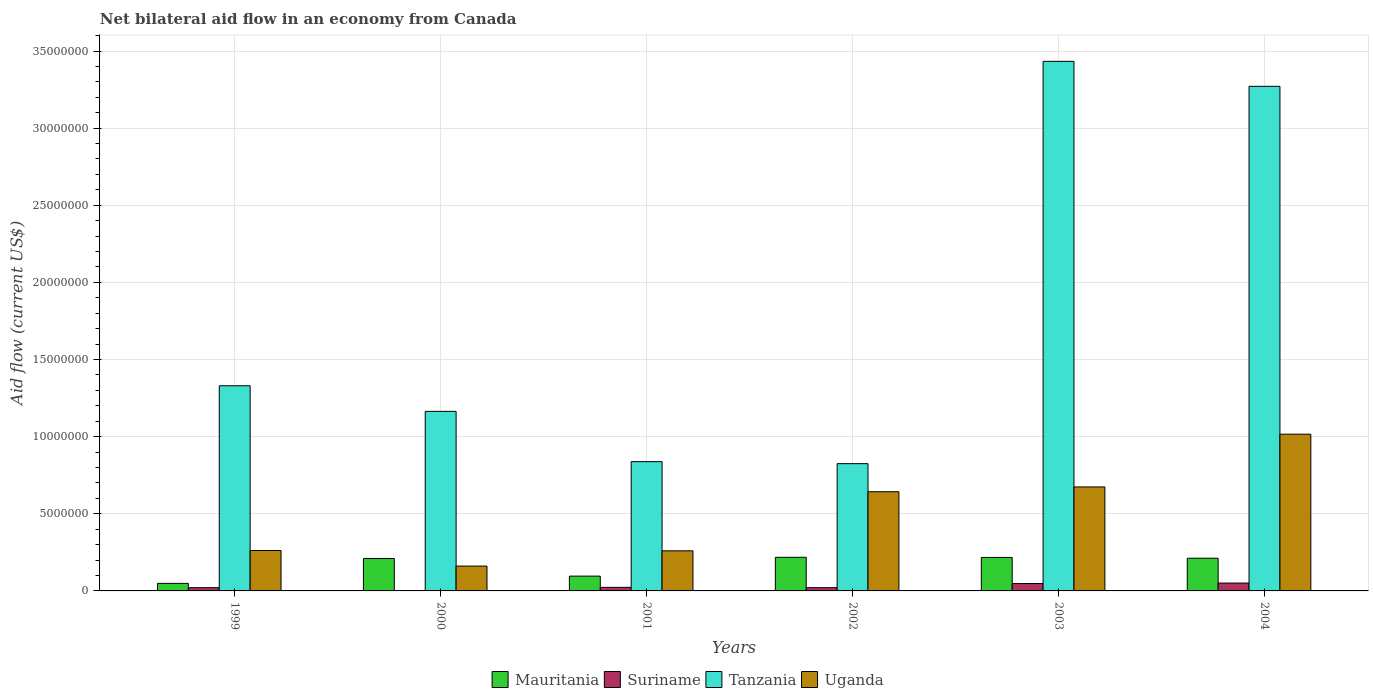
| Years | Mauritania | Suriname | Tanzania | Uganda |
 | --- | --- | --- | --- | --- |
 | 1999 | 4.9e+05 | 2.1e+05 | 1.33e+07 | 2.62e+06 |
 | 2000 | 2.1e+06 | 1e+04 | 1.16e+07 | 1.61e+06 |
 | 2001 | 9.6e+05 | 2.3e+05 | 8.38e+06 | 2.6e+06 |
 | 2002 | 2.18e+06 | 2.1e+05 | 8.25e+06 | 6.43e+06 |
 | 2003 | 2.17e+06 | 4.8e+05 | 3.43e+07 | 6.74e+06 |
 | 2004 | 2.12e+06 | 5.1e+05 | 3.27e+07 | 1.02e+07 |